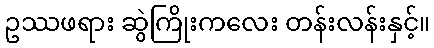
ဥဿဖရား ဆွဲကြိုးကလေး တန်းလန်းနှင့်။